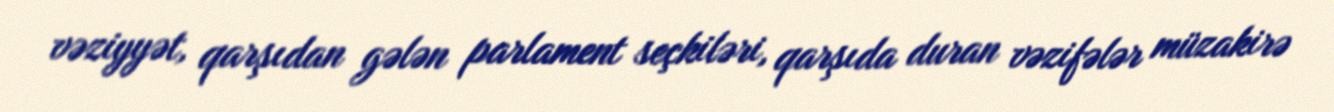
vəziyyət, qarşıdan gələn parlament seçkiləri, qarşıda duran vəzifələr müzakirə